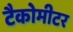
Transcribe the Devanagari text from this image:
टैकोमीटर